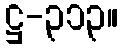
ဋ္ဌ-၃၁၃။